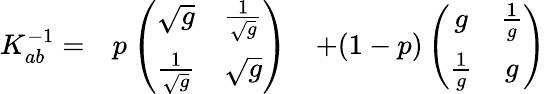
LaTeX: \begin{array}{ccc}{{K_{ab}^{-1}=}}&{{p\left(\begin{array}{cc}{{\sqrt{g}}}&{{{\frac{1}{\sqrt{g}}}}}\\ {{{\frac{1}{\sqrt{g}}}}}&{{\sqrt{g}}}\end{array}\right)}}&{{+(1-p)\left(\begin{array}{cc}{{g}}&{{{\frac{1}{g}}}}\\ {{{\frac{1}{g}}}}&{{g}}\end{array}\right)}}\end{array}